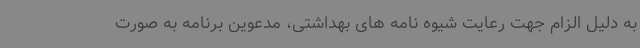
به دلیل الزام جهت رعایت شیوه نامه های بهداشتی، مدعوین برنامه به صورت